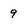
Character: 9